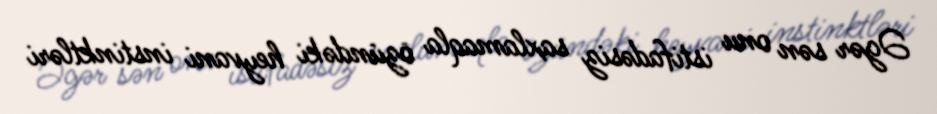
Əgər sən onu istifadəsiz saxlamaqla özündəki heyvani instinktləri